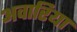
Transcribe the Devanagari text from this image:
अवारिया